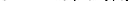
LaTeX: \smash{t^{*}\equiv t/\tau_{\mathrm{~L~J~}}}